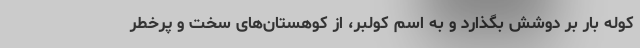
کوله بار بر دوشش بگذارد و به اسم کولبر، از کوهستان‌های سخت و پرخطر